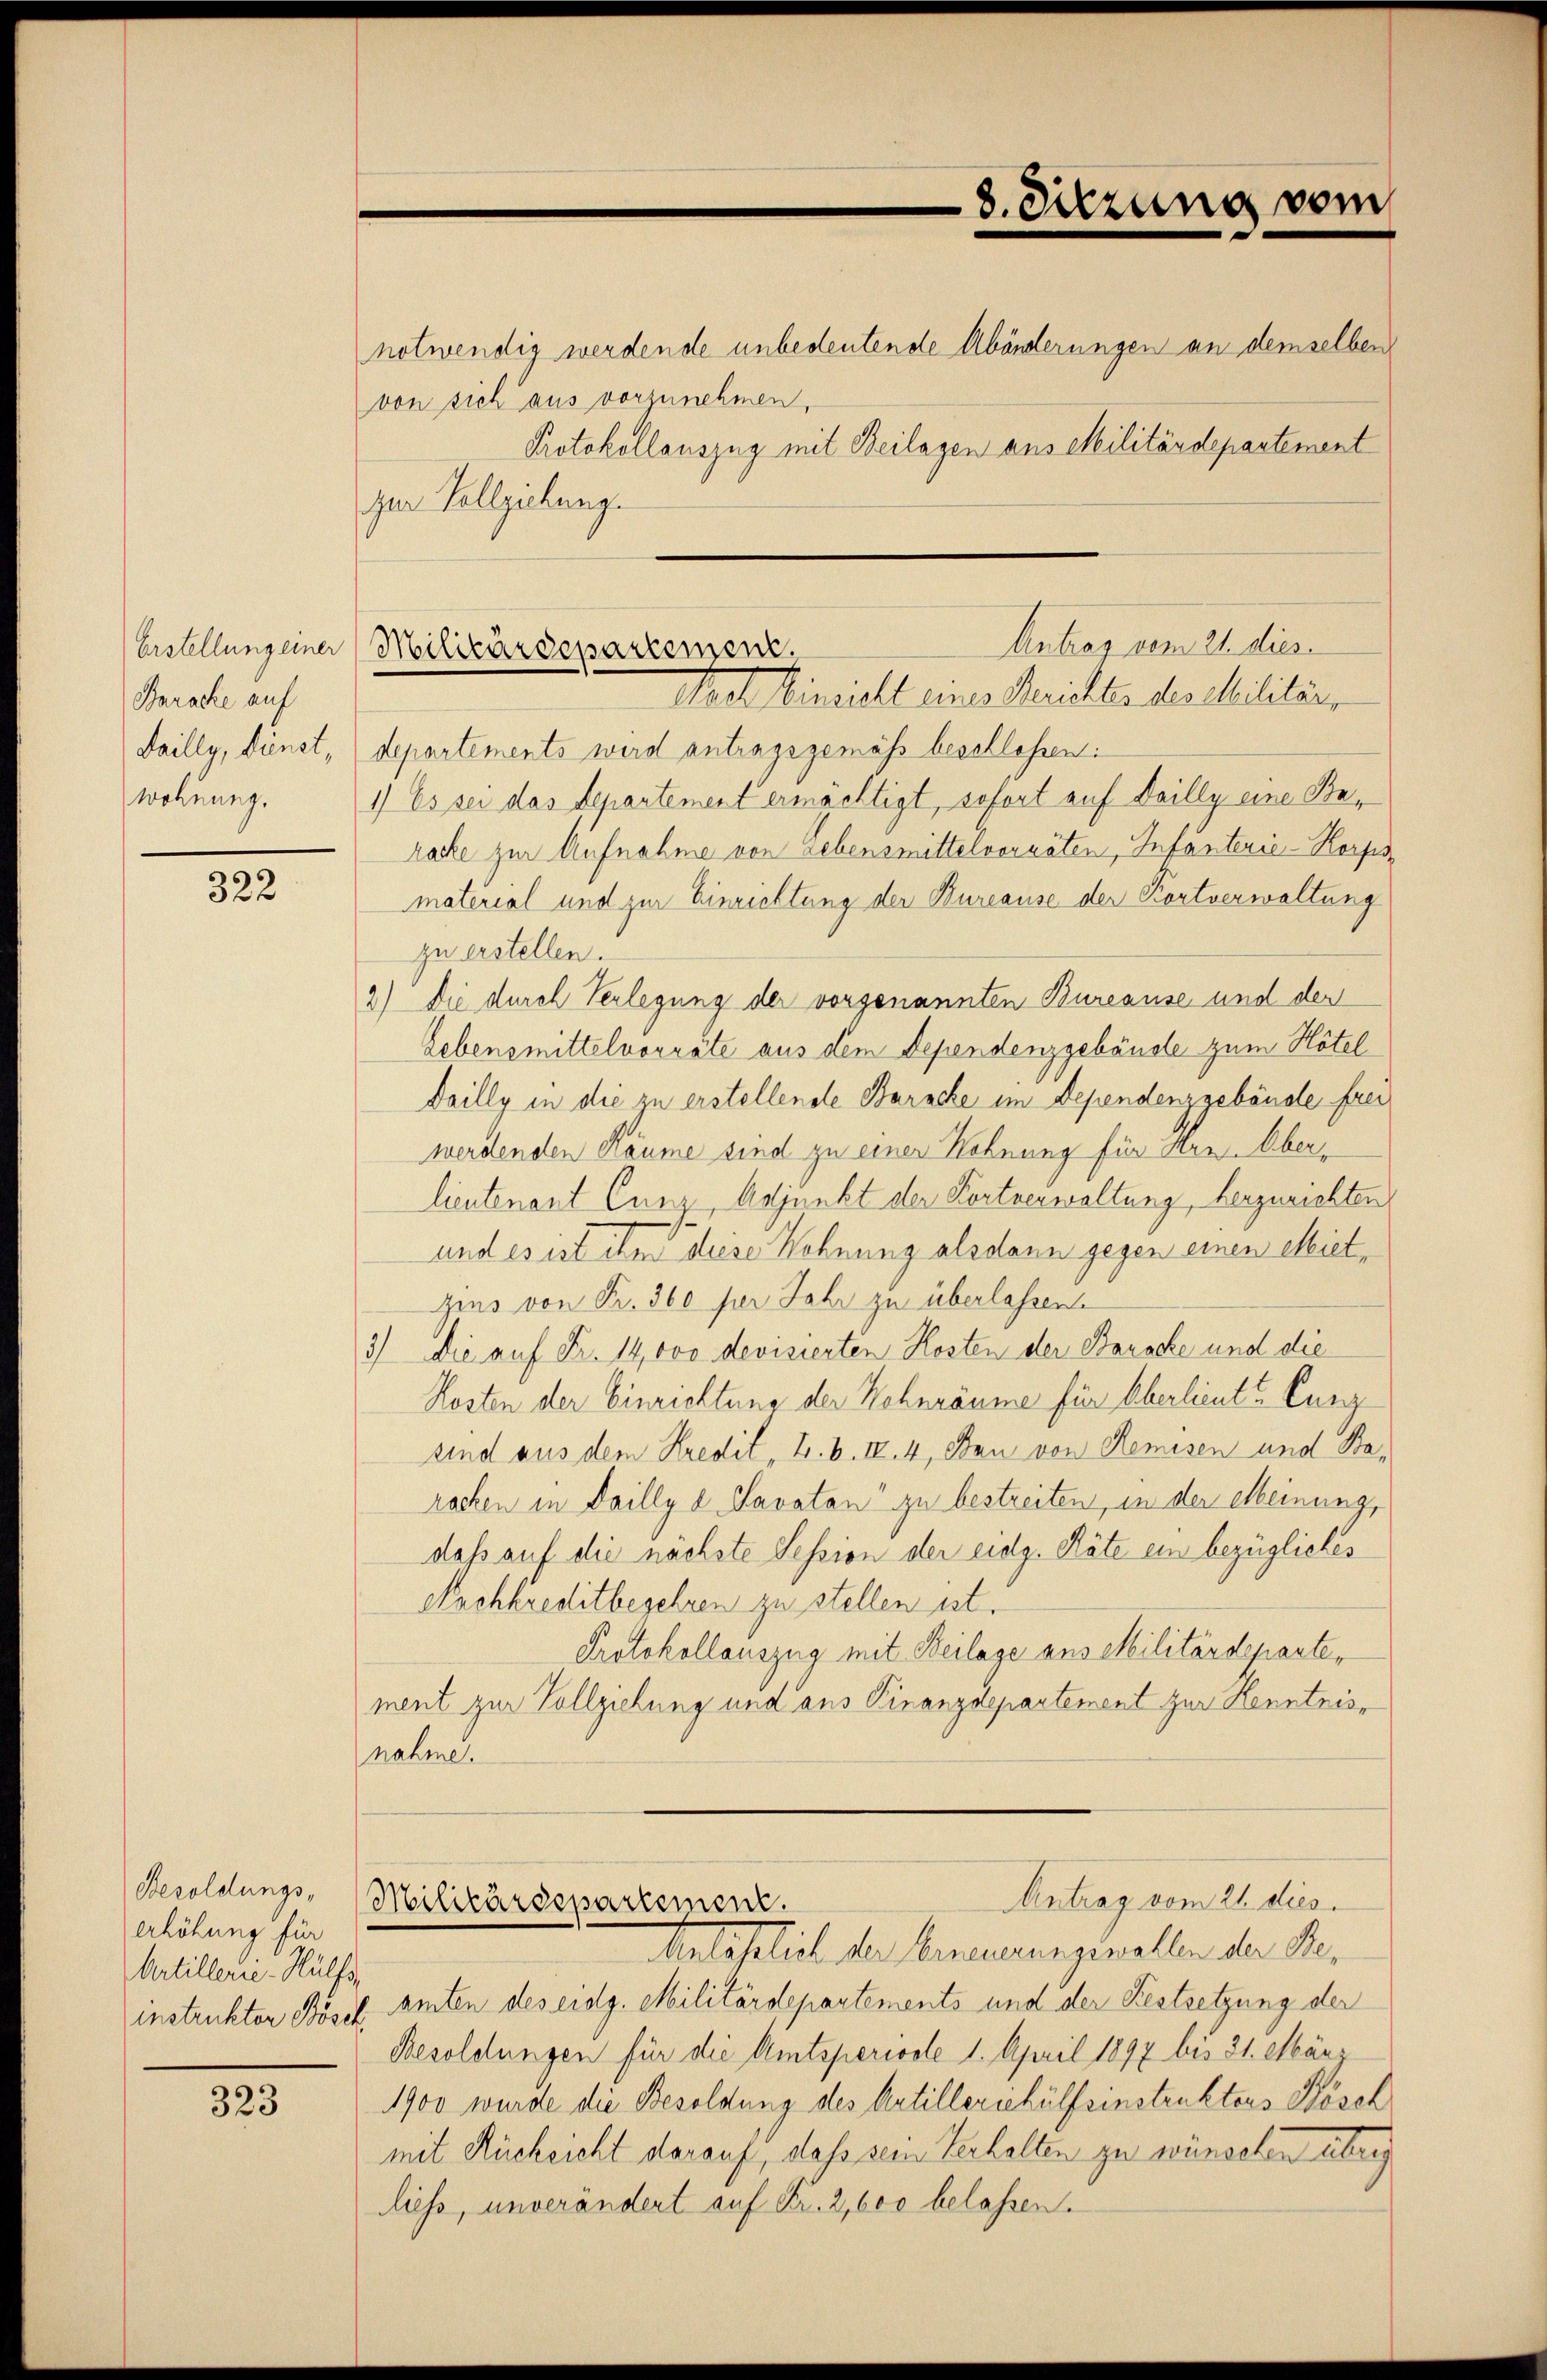
Erstellung einer
Baracke auf
Failly, dünst,
wohnung.

322

Besoldungs-
erhöhung für
Artillerie-Hülfs

323

notwendig werdende unbedeutende Abänderungen an demselben
von sich aus vorzunehmen,
zur Vollziehung.

8. Sitzung vom

Protokollauszug mit Beilagen aus Militärdepartement

Antrag vom 21. dies
Militärdepartement.

Mart Einricht eines Berichtes deschilitärs
departements wird antragsgemäss beschlossen:
1) Es sei das Separtement ermächtigt, sofort auf Dailly eine Beracke zur Aufnahme von Lebensmittelvorräten, Infanterie-Korps
material und zur Einrichtung der Bureause der Kortverwaltung
zu erstellen.
2) Die durch Verlegung der vorgenannten Bureause und der
Lebensmittelvorräte aus dem Dependenzgebäude zum Hotel
Dailly in die zu erstellende Baracke im Dependenz gebäude frei
werdenden Räume sind zu einer Hohnung für Hrn. Überlieutenant Cunz, Adjunkt der Fortnerwaltung, herzurichten
und es ist ihm diese Wohnung alsdann gegen einen Mietzins von Fr. 360 per Jahr zu überlassen
3) Die auf Fr. 14,000 devisierten Kosten der Baracke und die
Kosten der Einrichtung der Wohnräume für Oberlieute Curg
sind aus dem Kredit , B. b. IV. 4, Bau von Remisen und Barachen in Dailly a Savatan“ zu bestreiten, in der Meinung,
dass auf die nächste Session der eidg. Räte ein bezügliches
Nachkreditbegehren zu stellen ist.
Protokollauszug mit Beilage aus Militärdeparte,
ment zur Vollziehung und aus Finanzdepartement zur Kenntnis
nahme.
Antrag vom 21. dies
Militärdepartement.
Anlässlich der Erneuerungewallen der Beinstrukten Bösel amten des eidg. Militärdepartements und der Festsetzung der
Besoldungen für die Amtsperioote 1. April 1897 bis 31. März
1900 wurde die Besoldung des Artillerschülfsinstruktens Kösch
mit Rücksicht darauf, daß sein Verhalten zu würdeten überg
liess, unverändert auf Fr. 2, 600 belassen.